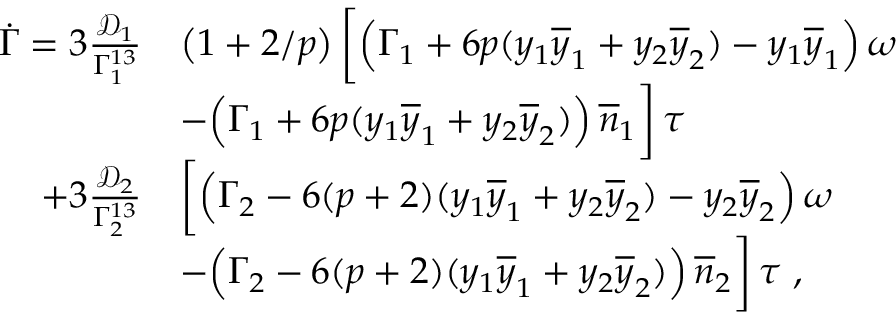
\begin{array} { r l } { \dot { \Gamma } = 3 \frac { \mathcal { D } _ { 1 } } { \Gamma _ { 1 } ^ { 1 3 } } } & { \left( 1 + 2 / p \right) \bigg [ \Big ( \Gamma _ { 1 } + 6 p ( y _ { 1 } \overline { { y } } _ { 1 } + y _ { 2 } \overline { { y } } _ { 2 } ) - y _ { 1 } \overline { { y } } _ { 1 } \Big ) \, \omega } \\ & { - \Big ( \Gamma _ { 1 } + 6 p ( y _ { 1 } \overline { { y } } _ { 1 } + y _ { 2 } \overline { { y } } _ { 2 } ) \Big ) \, \overline { { n } } _ { 1 } \bigg ] \, \tau } \\ { + 3 \frac { \mathcal { D } _ { 2 } } { \Gamma _ { 2 } ^ { 1 3 } } } & { \bigg [ \Big ( \Gamma _ { 2 } - 6 ( p + 2 ) ( y _ { 1 } \overline { { y } } _ { 1 } + y _ { 2 } \overline { { y } } _ { 2 } ) - y _ { 2 } \overline { { y } } _ { 2 } \Big ) \, \omega } \\ & { - \Big ( \Gamma _ { 2 } - 6 ( p + 2 ) ( y _ { 1 } \overline { { y } } _ { 1 } + y _ { 2 } \overline { { y } } _ { 2 } ) \Big ) \, \overline { { n } } _ { 2 } \bigg ] \, \tau \ , } \end{array}